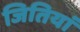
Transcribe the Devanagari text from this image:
जितियां